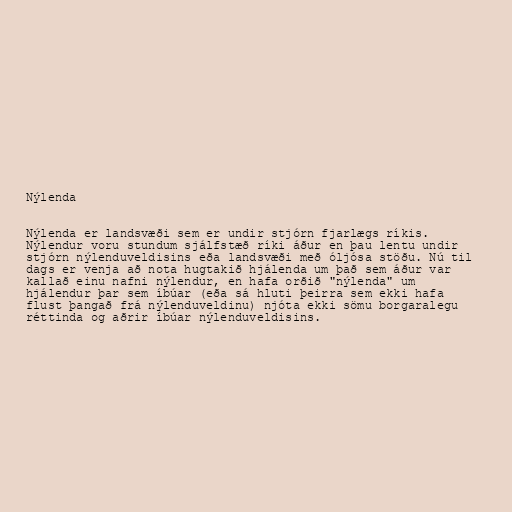
Nýlenda

Nýlenda er landsvæði sem er undir stjórn fjarlægs ríkis.
Nýlendur voru stundum sjálfstæð ríki áður en þau lentu undir
stjórn nýlenduveldisins eða landsvæði með óljósa stöðu. Nú til
dags er venja að nota hugtakið hjálenda um það sem áður var
kallað einu nafni nýlendur, en hafa orðið "nýlenda" um
hjálendur þar sem íbúar (eða sá hluti þeirra sem ekki hafa
flust þangað frá nýlenduveldinu) njóta ekki sömu borgaralegu
réttinda og aðrir íbúar nýlenduveldisins.